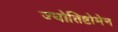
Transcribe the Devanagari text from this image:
ज्योतिष्टोमेन